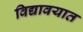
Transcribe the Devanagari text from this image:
विद्यावयात